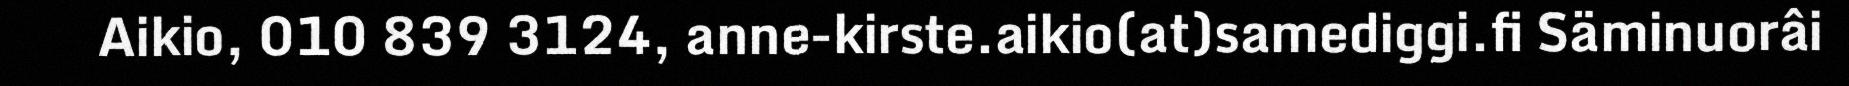
Aikio, 010 839 3124, anne-kirste.aikio(at)samediggi.fi Säminuorâi